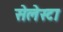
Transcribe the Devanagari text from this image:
सेलेस्टा